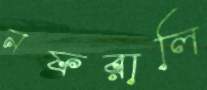
নফরালি